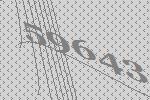
59643